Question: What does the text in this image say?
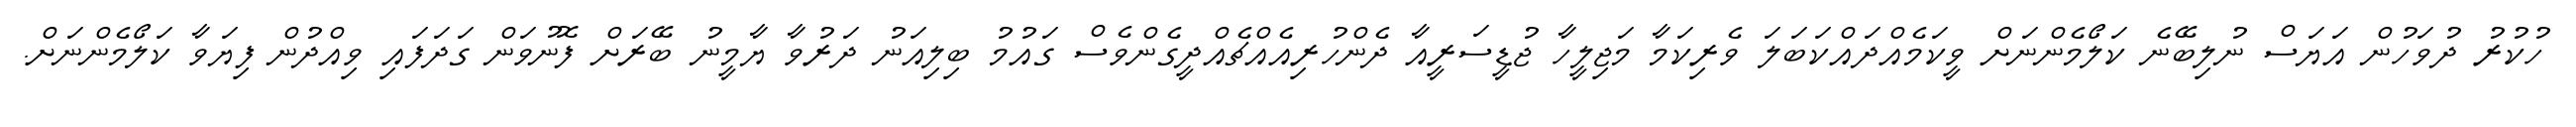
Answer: ހުކުރު ދުވަހުން އަޔަސް ނުލިބޭނެ ކަލޯމެންނަށް ވީކަމެއްދައްކަބަލަ ވެރިކަމާ މަޖިލީހާ ޖުޑީސަރީއާ ދެންހުރިއެއްޗެއްދީގެންވެސް ގައުމު ބިލިއަނު ދަރުވާ ޔާމީނު ބޭރަށް ފޮނުވަން ގަދަފައި ވިއްދުން ފިޔަވާ ކަލޯމެންނަށް.